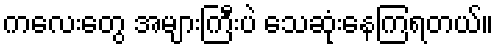
ကလေးတွေ အများကြီးပဲ သေဆုံးနေကြရတယ်။